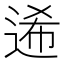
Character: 𨓇